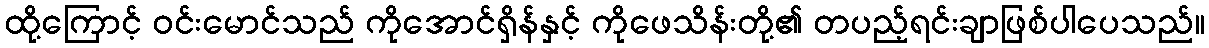
ထို့ကြောင့် ဝင်းမောင်သည် ကိုအောင်ရှိန်နှင့် ကိုဖေသိန်းတို့၏ တပည့်ရင်းချာဖြစ်ပါပေသည်။